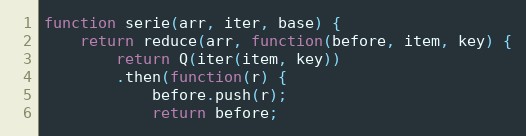
Language: JavaScript
function serie(arr, iter, base) {
    return reduce(arr, function(before, item, key) {
        return Q(iter(item, key))
        .then(function(r) {
            before.push(r);
            return before;